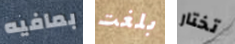
بمافيه بلغت تختار